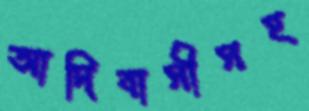
আদিবাসীসহ